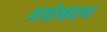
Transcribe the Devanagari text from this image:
अधोभारण